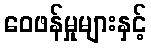
ဝေဖန်မှုများနှင့်